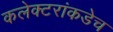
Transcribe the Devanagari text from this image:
कलेक्टरांकडेच